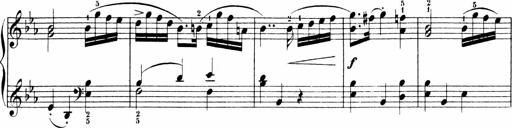
Title: 6 Sonatinas
Composer: Carl Reinecke